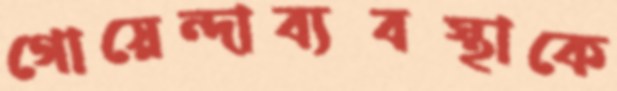
গোয়েন্দাব্যবস্থাকে